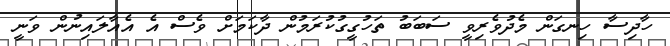
ހާދިސާ ހިނގަން މެދުވެރިވީ ސަބަބު ތަހުގީގުކުރަމުން ދާކަމަށް ވެސް އެ އެއާލައިނުން ވަނީ